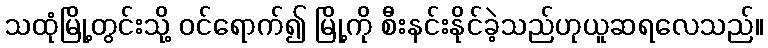
သထုံမြို့တွင်းသို့ ဝင်ရောက်၍ မြို့ကို စီးနင်းနိုင်ခဲ့သည်ဟုယူဆရလေသည်။